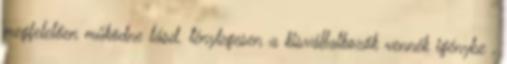
megfelelően működne lásd. ténylegesen a kisvállalkozók vennék igénybe ,